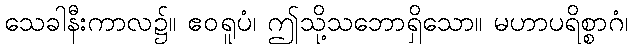
သေခါနီးကာလ၌။ ဧဝရူပံ၊ ဤသို့သဘောရှိသော။ မဟာပရိစ္စာဂံ၊